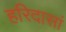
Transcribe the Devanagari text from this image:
हरिदासां